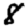
Digit: 8